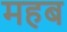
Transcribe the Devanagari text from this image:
महब